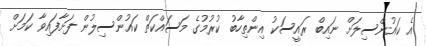
އެ ކައުންސިލަށް ނައިބް ރައީސަކު އިންތިހާބު ކުރުމުގެ މަސައްކަތް ކައުންސިލުން ފަށާފައިވާ ކަމަށް